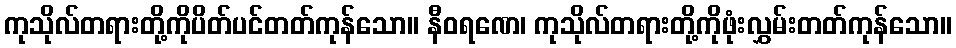
ကုသိုလ်တရားတို့ကိုပိတ်ပင်တတ်ကုန်သော။ နီဝရဏေ၊ ကုသိုလ်တရားတို့ကိုဖုံးလွှမ်းတတ်ကုန်သော။